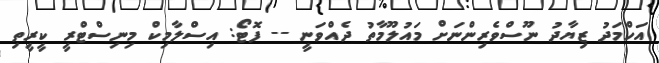
އަހްމަދު ޒިޔާދު ނޫސްވެރިންނަށް މައުލޫމާތު ދެއްވަނީ -- ފޮޓޯ: އިސްލާމިކް މިނިސްޓްރީ ކީރީތި